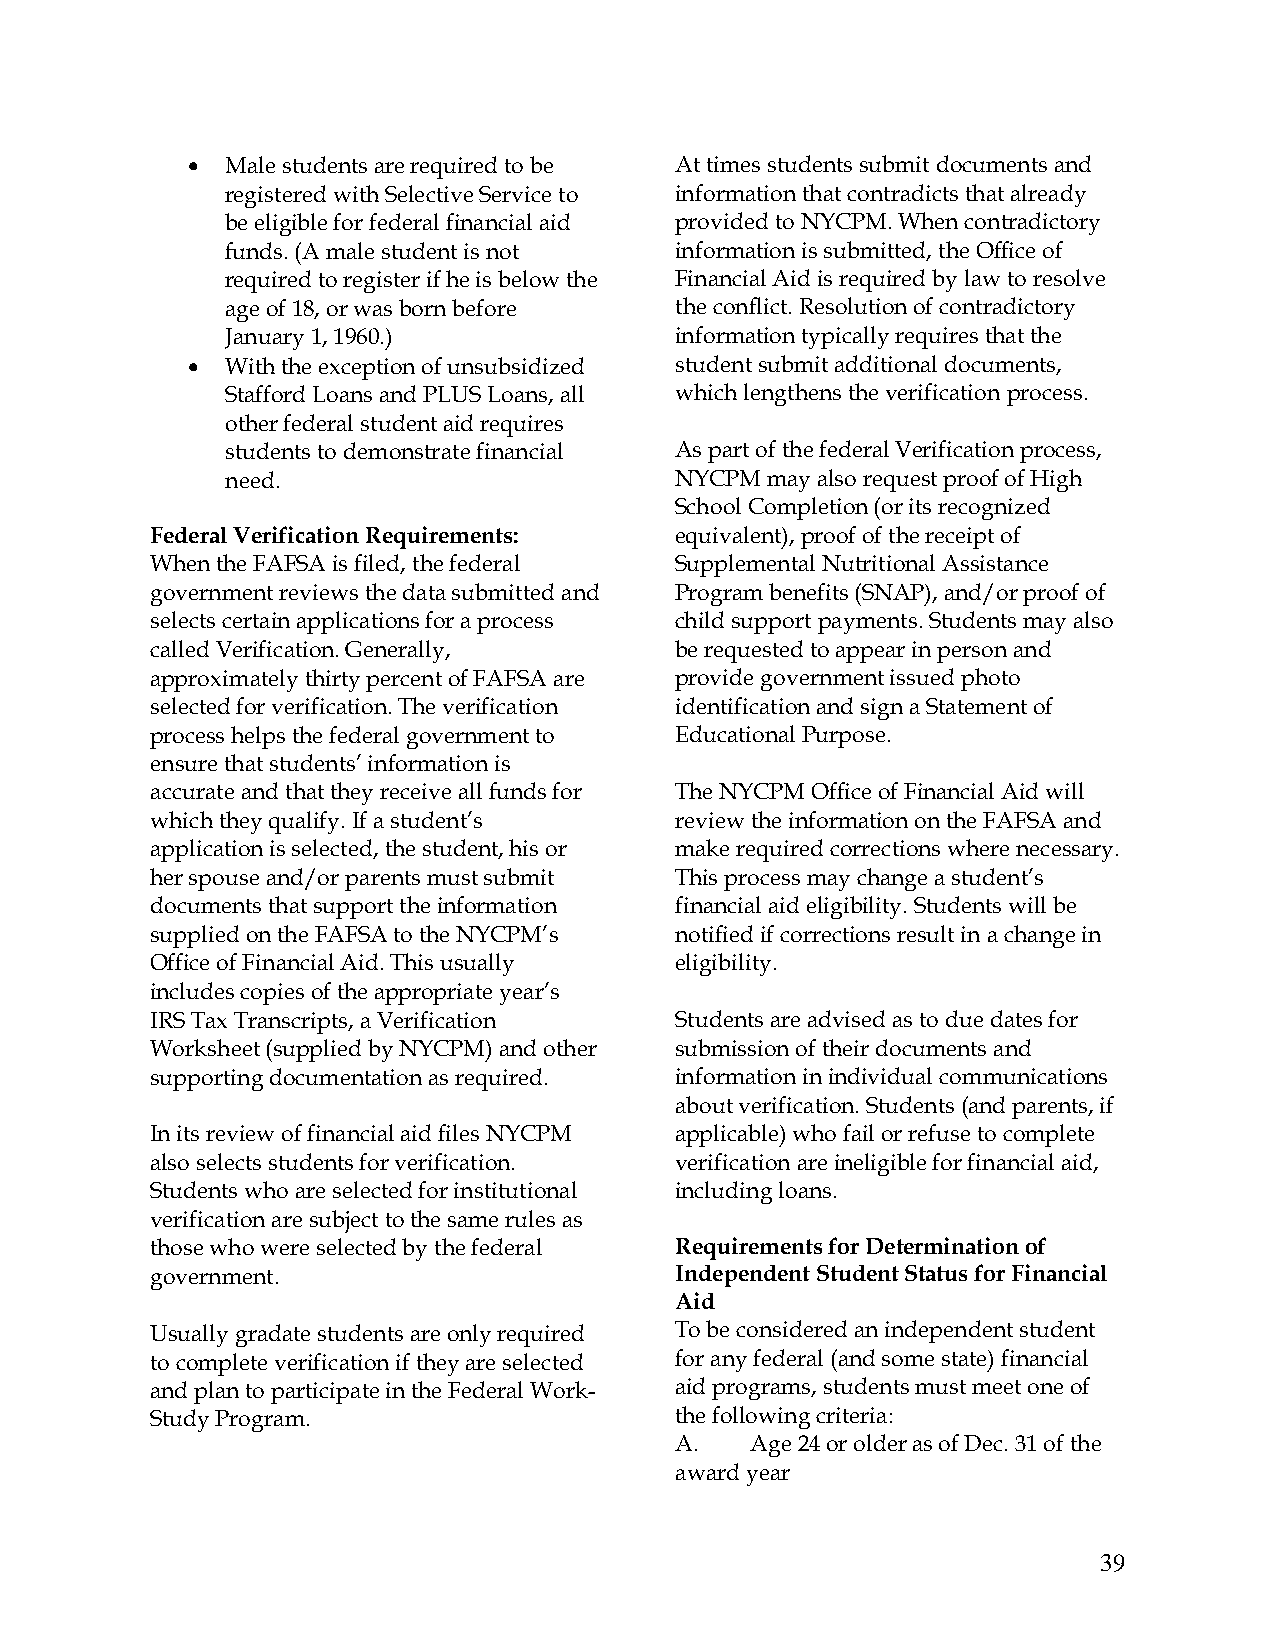
•  Male students are required to be At times students submit documents and
 registered with Selective Service to information that contradicts that already
 be eligible for federal financial aid provided to NYCPM. When contradictory
 funds. (A male student is not information is submitted, the Office of
 required to register if he is below the Financial Aid is required by law to resolve
 age of 18, or was born before the conflict. Resolution of contradictory
 January 1, 1960.)             information typically requires that the
 •  With the exception of unsubsidized student submit additional documents,
 Stafford Loans and PLUS Loans, all which lengthens the verification process.
 other federal student aid requires
 students to demonstrate financial As part of the federal Verification process,
 need.                         NYCPM may also request proof of High
 School Completion (or its recognized
 Federal Verification Requirements: equivalent), proof of the receipt of
 When the FAFSA is filed, the federal Supplemental Nutritional Assistance
 government reviews the data submitted and Program benefits (SNAP), and/or proof of
 selects certain applications for a process child support payments. Students may also
 called Verification. Generally,    be requested to appear in person and
 approximately thirty percent of FAFSA are provide government issued photo
 selected for verification. The verification identification and sign a Statement of
 process helps the federal government to Educational Purpose.
 ensure that students’ information is
 accurate and that they receive all funds for The NYCPM Office of Financial Aid will
 which they qualify. If a student’s review the information on the FAFSA and
 application is selected, the student, his or make required corrections where necessary.
 her spouse and/or parents must submit This process may change a student’s
 documents that support the information financial aid eligibility. Students will be
 supplied on the FAFSA to the NYCPM’s notified if corrections result in a change in
 Office of Financial Aid. This usually eligibility.
 includes copies of the appropriate year’s
 IRS Tax Transcripts, a Verification Students are advised as to due dates for
 Worksheet (supplied by NYCPM) and other submission of their documents and
 supporting documentation as required. information in individual communications
 about verification. Students (and parents, if
 In its review of financial aid files NYCPM applicable) who fail or refuse to complete
 also selects students for verification. verification are ineligible for financial aid,
 Students who are selected for institutional including loans.
 verification are subject to the same rules as
 those who were selected by the federal Requirements for Determination of
 government.                        Independent Student Status for Financial
 Aid
 Usually gradate students are only required To be considered an independent student
 to complete verification if they are selected for any federal (and some state) financial
 and plan to participate in the Federal Work- aid programs, students must meet one of
 Study Program.                     the following criteria:
 A.   Age 24 or older as of Dec. 31 of the
 award year
 39